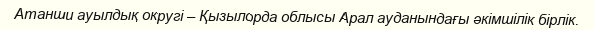
Атанши ауылдық округі – Қызылорда облысы Арал ауданындағы әкімшілік бірлік.